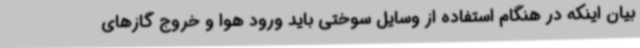
بیان اینکه در هنگام استفاده از وسایل سوختی باید ورود هوا و خروج گازهای